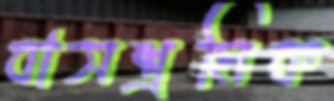
বাসশ্রমিক